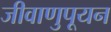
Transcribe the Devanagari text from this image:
जीवाणुपूयन